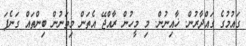
ގައުމުގެ ގައްދާރުން. ޚާއިނުން. މި މީހުން ރާއްޖޭ އެތަން މިތަނުން ބިންތައް ގަނެފަ